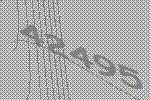
42495